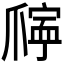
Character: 𪺖